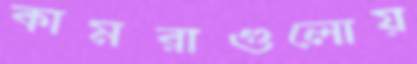
কামরাগুলোয়